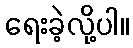
ရေးခဲ့လို့ပါ။